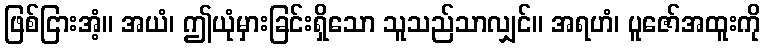
ဖြစ်ငြားအံ့။ အယံ၊ ဤယုံမှားခြင်းရှိသော သူသည်သာလျှင်။ အရဟံ၊ ပူဇော်အထူးကို